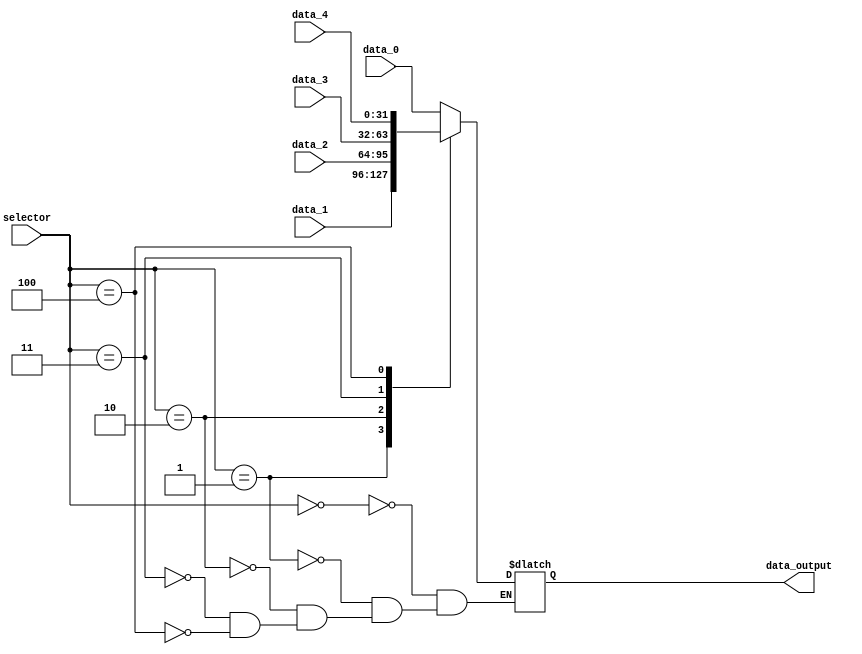
module PcSourceMux (
    input wire [2:0] selector, 
    input wire [31:0] data_0,
    input wire [31:0] data_1,
    input wire [31:0] data_2,
    input wire [31:0] data_3,
    input wire [31:0] data_4,

    output reg [31:0] data_output
);

    parameter s0 = 3'b000, s1 = 3'b001, s2 = 3'b010, s3 = 3'b011, s4 = 3'b100; 

    always @(*) begin

        case (selector)

            s0: begin
                data_output <= data_0;
            end 

            s1: begin
                data_output <= data_1; 
            end

            s2: begin
                data_output <= data_2;
            end

            s3: begin
                data_output <= data_3;
            end

            s4: begin
                data_output <= data_4;
            end
        endcase 
    end
    
endmodule